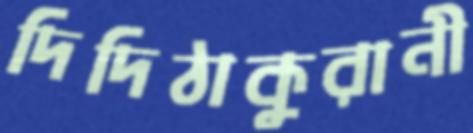
দিদিঠাকুরানী